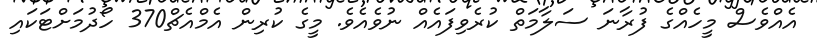
އެއްވެސް މީހެއްގެ ފުރާނަ ސަލާމަތް ކުރެވިފައެއް ނުވެއެވެ. މީގެ ކުރިން އެމްއެޗް370 ހޯދުމަށްޓަކައި